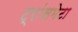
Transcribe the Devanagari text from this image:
ट्रांसमेटा